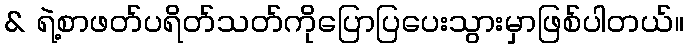
& ရဲ့စာဖတ်ပရိတ်သတ်ကိုပြောပြပေးသွားမှာဖြစ်ပါတယ်။